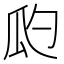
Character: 瓝